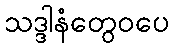
သဒ္ဒါနံတွေဝပေ